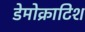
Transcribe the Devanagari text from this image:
डेमोक्राटिश